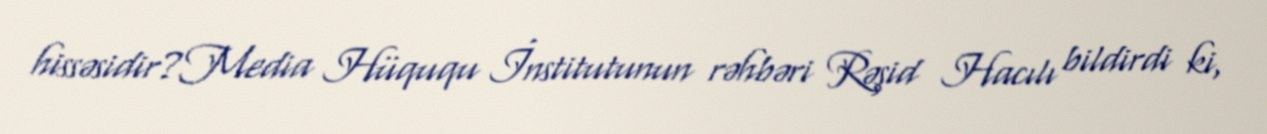
hissəsidir?Media Hüququ İnstitutunun rəhbəri Rəşid Hacılı bildirdi ki,